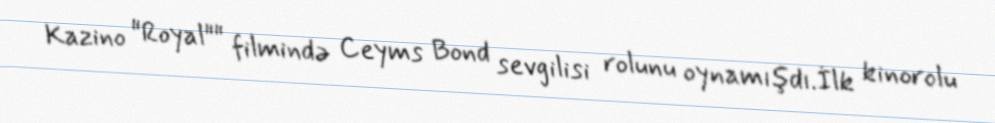
Kazino "Royal"" filmində Ceyms Bond sevgilisi rolunu oynamışdı.İlk kinorolu